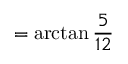
= \arctan { \frac { 5 } { 1 2 } }